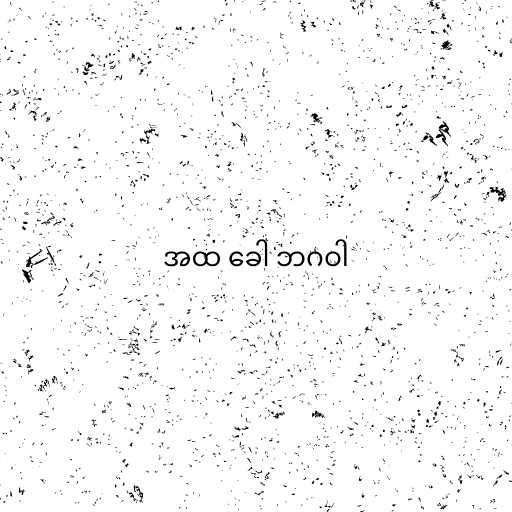
အထ ခေါ ဘဂဝါ